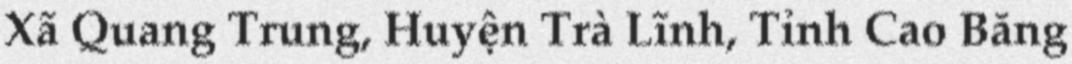
Xã Quang Trung, Huyện Trà Lĩnh, Tỉnh Cao Bằng